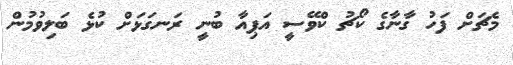
މެޗަށް ފަހު ގާނާގެ ކޯޗު ކްވޭސީ އަޕިއާ ބުނީ ރަނގަޅަށް ކުޅެ ބަލިވުމުން